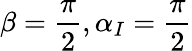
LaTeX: \beta=\frac{\pi}{2},\alpha_{I}=\frac{\pi}{2}